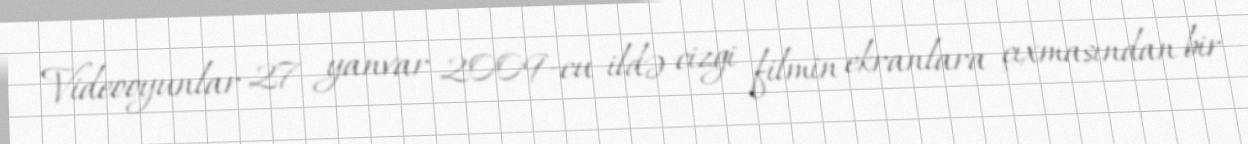
Videooyunlar 27 yanvar 2009-cu ildə cizgi filmin ekranlara çıxmasından bir